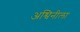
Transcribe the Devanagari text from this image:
अश्विनीला